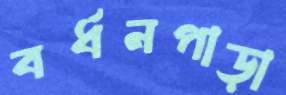
বর্ধনপাড়া